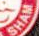
SHAR